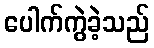
ပေါက်ကွဲခဲ့သည်